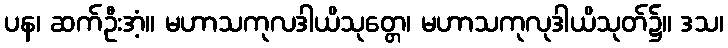
ပန၊ ဆက်ဦးအံ့။ မဟာသကုလဒါယိသုတ္တေ၊ မဟာသကုလုဒါယိသုတ်၌။ ဒသ၊